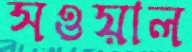
সওয়াল